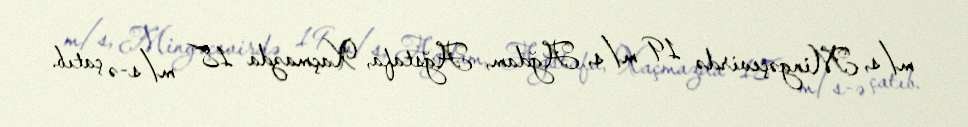
m/s, Mingəçevirdə 19 m/s, Ağdam, Ağstafa, Xaçmazda 18 m/s-ə çatıb.